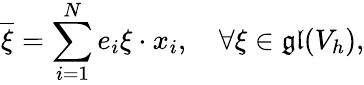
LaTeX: \overline{{\xi}}=\sum_{i=1}^{N}e_{i}\xi\cdot x_{i},\quad\forall\xi\in\mathfrak{gl}(V_{h}),